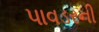
પાવડરની